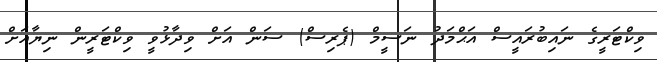
ވިކްޓަރީގެ ނައިބުރައީސް އަޙްމަދު ނަސީމް (ޕެރިސް) ސަން އަށް ވިދާޅުވީ ވިކްޓަރީން ނިޔާއަށް